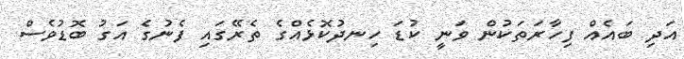
އަދި ބައެއް ފިހާރަތަކުން ވަނީ ކުޑަ ހިނދުކޮޅެއްގެ ތެރޭގައި ފެނުގެ އަގު ބޮޑުވެސް